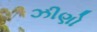
ઝીણો